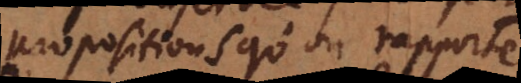
propositions qu’on rapporte